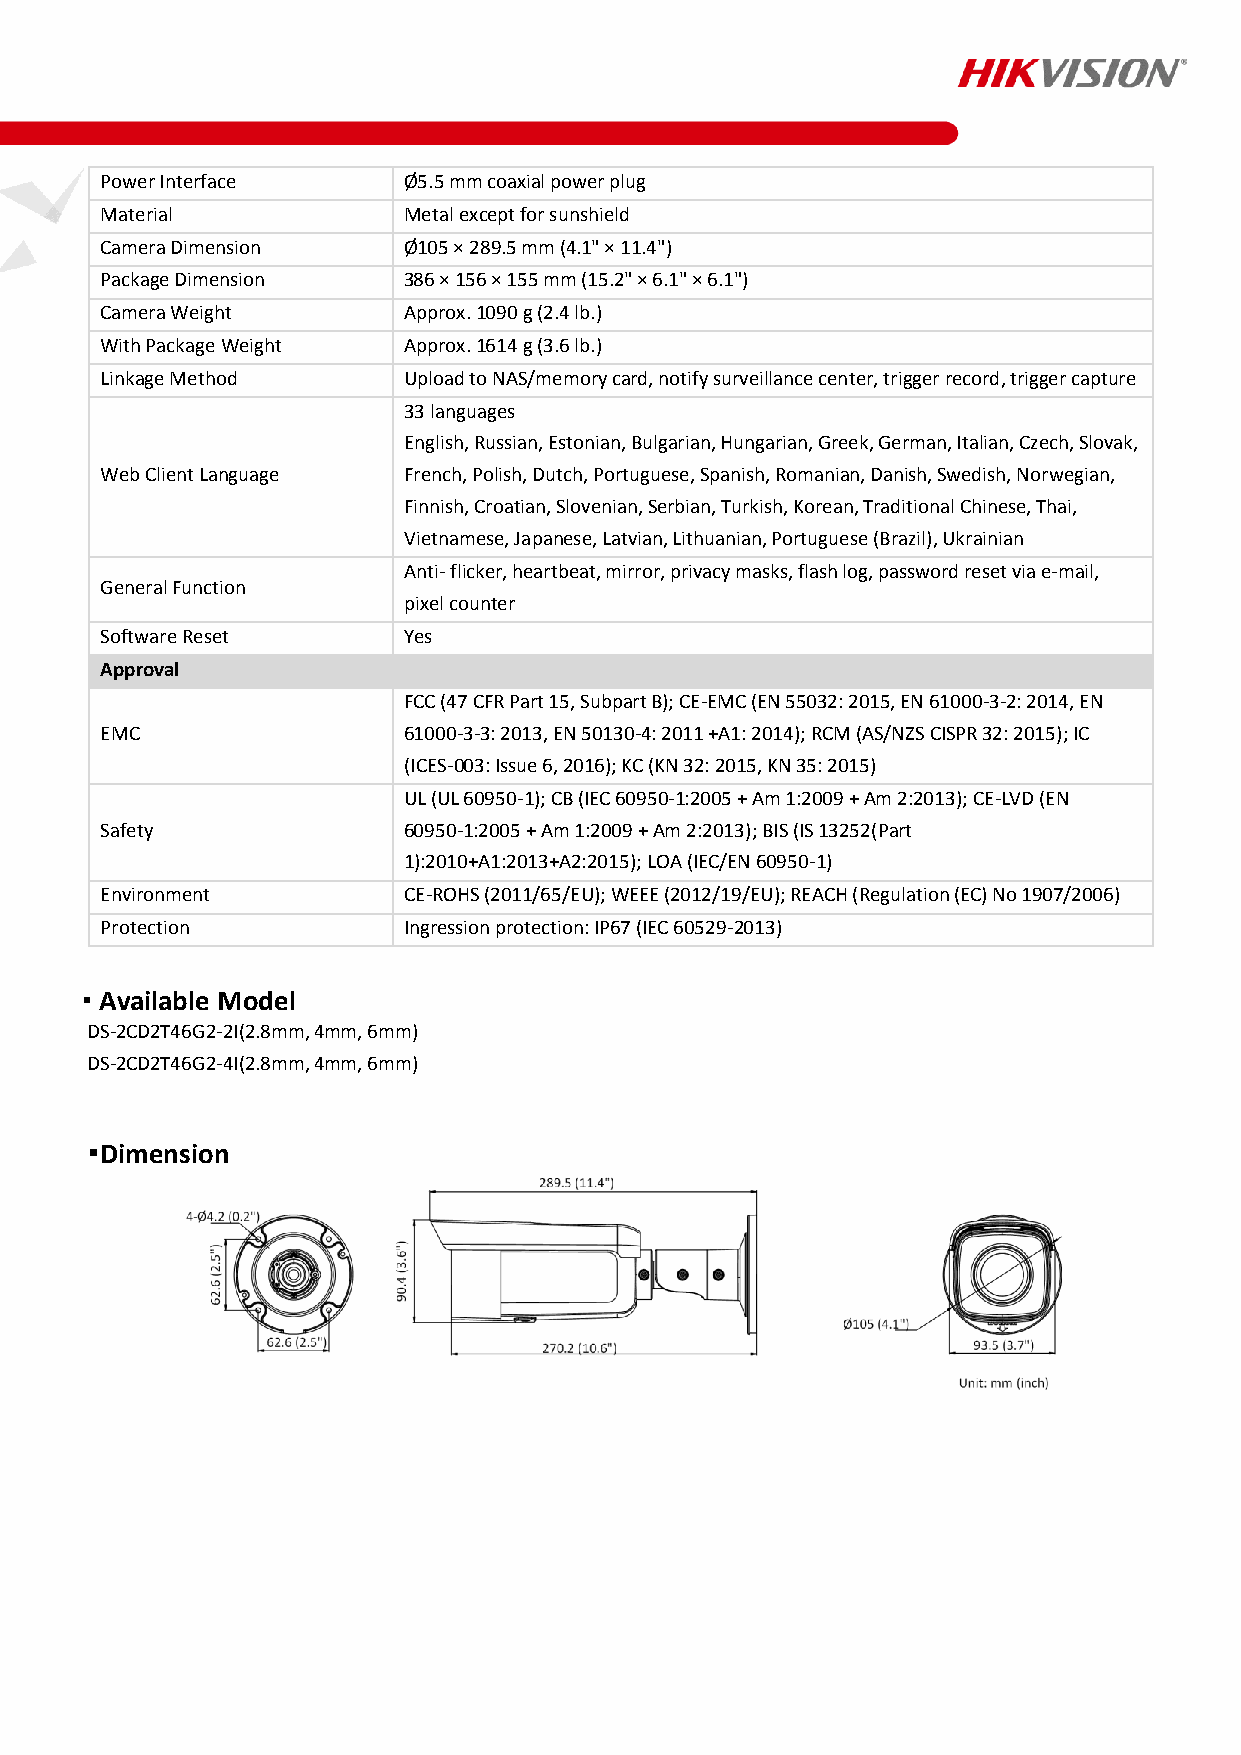
Power Interface     Ø5.5 mm coaxial power plug
 Material            Metal except for sunshield
 Camera Dimension    Ø105 × 289.5 mm (4.1" × 11.4")
 Package Dimension   386 × 156 × 155 mm (15.2" × 6.1" × 6.1")
 Camera Weight       Approx. 1090 g (2.4 lb.)
 With Package Weight Approx. 1614 g (3.6 lb.)
 Linkage Method      Upload to NAS/memory card, notify surveillance center, trigger record, trigger capture
 33 languages
 English, Russian, Estonian, Bulgarian, Hungarian, Greek, German, Italian, Czech, Slovak,
 Web Client Language French, Polish, Dutch, Portuguese, Spanish, Romanian, Danish, Swedish, Norwegian,
 Finnish, Croatian, Slovenian, Serbian, Turkish, Korean, Traditional Chinese, Thai,
 Vietnamese, Japanese, Latvian, Lithuanian, Portuguese (Brazil), Ukrainian
 Anti- flicker, heartbeat, mirror, privacy masks, flash log, password reset via e-mail,
 General Function
 pixel counter
 Software Reset      Yes
 Approval
 FCC (47 CFR Part 15, Subpart B); CE-EMC (EN 55032: 2015, EN 61000-3-2: 2014, EN
 EMC                 61000-3-3: 2013, EN 50130-4: 2011 +A1: 2014); RCM (AS/NZS CISPR 32: 2015); IC
 (ICES-003: Issue 6, 2016); KC (KN 32: 2015, KN 35: 2015)
 UL (UL 60950-1); CB (IEC 60950-1:2005 + Am 1:2009 + Am 2:2013); CE-LVD (EN
 Safety              60950-1:2005 + Am 1:2009 + Am 2:2013); BIS (IS 13252(Part
 1):2010+A1:2013+A2:2015); LOA (IEC/EN 60950-1)
 Environment         CE-ROHS (2011/65/EU); WEEE (2012/19/EU); REACH (Regulation (EC) No 1907/2006)
 Protection          Ingression protection: IP67 (IEC 60529-2013)
 Available Model
 
 DS-2CD2T46G2-2I(2.8mm, 4mm, 6mm)
 DS-2CD2T46G2-4I(2.8mm, 4mm, 6mm)
 Dimension
 